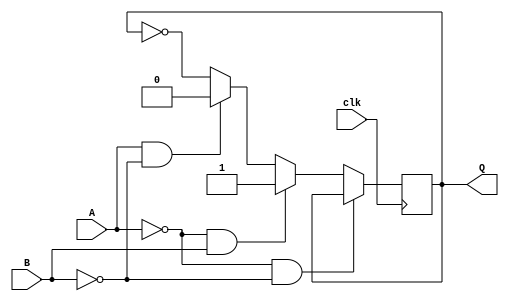
`timescale 1ns / 1ps

module ab(input A, input B, input clk, output reg Q);
	initial Q = 0;
	always@(posedge clk)
		begin
		if(A==0 && B==0)
			Q <= Q;
		else if(A==0 && B==1)
			Q <= 1;
		else if(A==1 && B==0)
			Q <= 0;
		else
			Q <= ~Q;
		end
endmodule


module ic1337(// Inputs
				 input I0,
				 input I1,
				 input I2,
             input clk,
             // Outputs
             output Q0,
             output Q1,
             output Z);
	
	wire G1 = ~(I0 || ~I1) && ~I2;
	wire G2 = ~(~(I2 || ~I1) ^ I0);
	
	ab ab_1 (G1, I2, clk, Q0);
	ab ab_2 (~I2, G2, clk, Q1);
	
	assign Z = Q0 ^ Q1;
endmodule